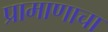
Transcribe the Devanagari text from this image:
प्रामाणाचा